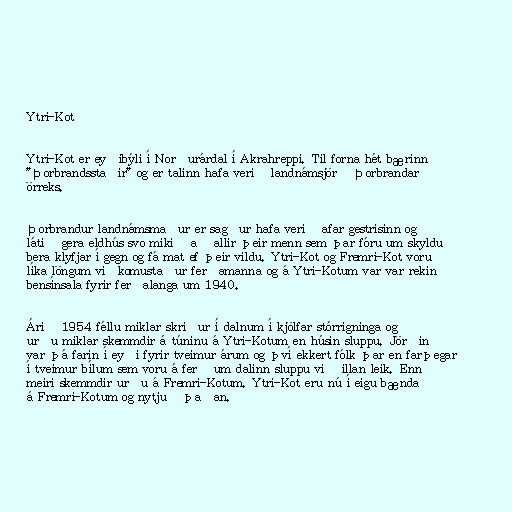
Ytri-Kot

Ytri-Kot er eyðibýli í Norðurárdal í Akrahreppi. Til forna hét bærinn
"Þorbrandsstaðir" og er talinn hafa verið landnámsjörð Þorbrandar
örreks.

Þorbrandur landnámsmaður er sagður hafa verið afar gestrisinn og
látið gera eldhús svo mikið að allir þeir menn sem þar fóru um skyldu
bera klyfjar í gegn og fá mat ef þeir vildu. Ytri-Kot og Fremri-Kot voru
líka löngum viðkomustaður ferðamanna og á Ytri-Kotum var var rekin
bensínsala fyrir ferðalanga um 1940.

Árið 1954 féllu miklar skriður í dalnum í kjölfar stórrigninga og
urðu miklar skemmdir á túninu á Ytri-Kotum en húsin sluppu. Jörðin
var þá farin í eyði fyrir tveimur árum og því ekkert fólk þar en farþegar
í tveimur bílum sem voru á ferð um dalinn sluppu við illan leik. Enn
meiri skemmdir urðu á Fremri-Kotum. Ytri-Kot eru nú í eigu bænda
á Fremri-Kotum og nytjuð þaðan.